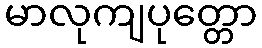
မာလုကျပုတ္တော